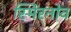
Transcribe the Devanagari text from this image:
स्मिरनोव